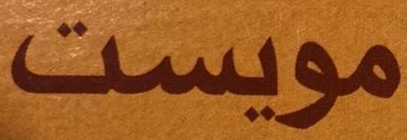
مويست